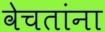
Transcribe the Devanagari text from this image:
वेचतांना